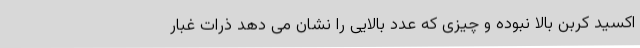
اکسید کربن بالا نبوده و چیزی که عدد بالایی را نشان می دهد ذرات غبار